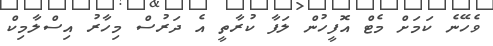
ވެހޭނެ ކަމަށް މެޓް އޮފީހުން ލަފާ ކުރާތީ އެ ދަރުސް މިހާރު އިސްލާމިކް